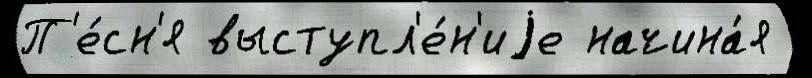
П'е́сн'я выступл'е́н'иjе начина́я